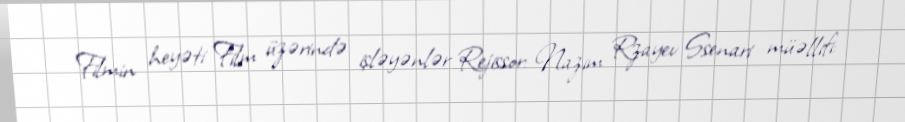
Filmin heyəti Film üzərində işləyənlər Rejissor: Nazim Rzayev Ssenari müəllifi: